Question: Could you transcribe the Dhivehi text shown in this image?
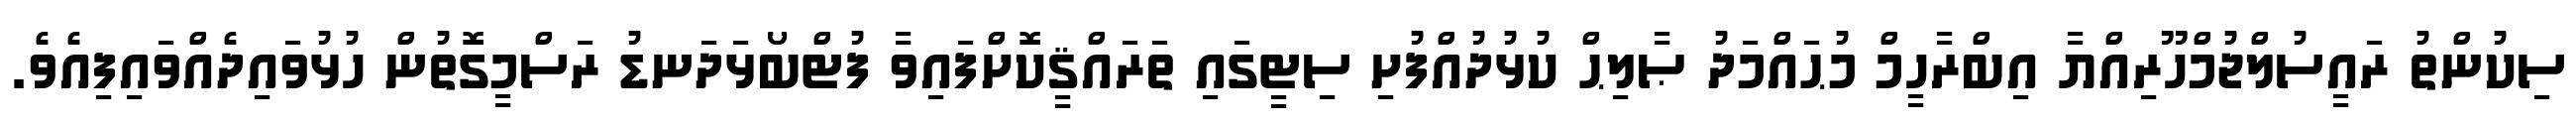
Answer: ސިކުންތު ރައީސުލްޖުމްހޫރިއްޔާ އިބްރާހީމް މުޙައްމަދު ޞާލިޙް ކުޅުދުއްފުށި ސިޓީގައި ތަރައްޤީކޮށްފައިވާ ފުޓްބޯޅަދަނޑު ރަސްމީގޮތުން ހުޅުވައިދެއްވައިފިއެވެ.